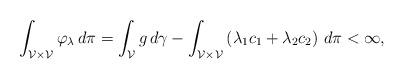
LaTeX: \begin{align*}\int_{\mathcal{V} \times \mathcal{V} } \varphi_\lambda \, d \pi = \int_{\mathcal{V} } g \, d\gamma - \int_{\mathcal{V} \times \mathcal{V}}\left(\lambda_1 c_1+\lambda_2 c_2\right) \, d \pi < \infty,\end{align*}